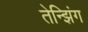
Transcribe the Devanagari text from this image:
तेन्झिंग